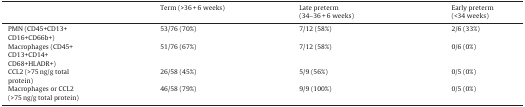
|  | Term (>36 + 6 weeks) | Late preterm(34–36 + 6 weeks) | Early preterm(<34 weeks) |
 | --- | --- | --- | --- |
 | PMN (CD45+CD13+CD16+CD66b+) | 53/76 (70%) | 7/12 (58%) | 2/6 (33%) |
 | Macrophages (CD45+CD13+CD14+ CD68+HLADR+) | 51/76 (67%) | 7/12 (58%) | 0/6 (0%) |
 | CCL2 (>75 ng/g totalprotein) | 26/58 (45%) | 5/9 (56%) | 0/5 (0%) |
 | Macrophages or CCL2(>75 ng/g total protein) | 46/58 (79%) | 9/9 (100%) | 0/5 (0%) |